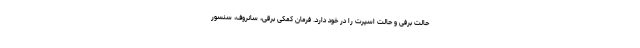
حالت برفی و حالت اسپرت را در خود دارد. فرمان کمکی برقی، سانروف، سنسور